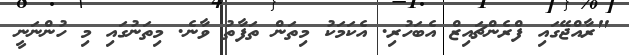
"ރާއްޖޭގައި ފްރެންޗައިޒް އެބަހުރި. އެކަމަކު މިތަން ތަފާތު ވާނެ. މިތަނުގައި މި ހުންނަނީ